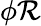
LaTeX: \phi\mathcal{R}